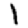
Digit: 1